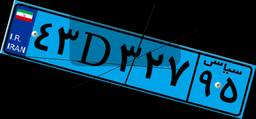
۶۳D۶۱۵۴۲